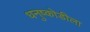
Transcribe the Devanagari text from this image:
धनुष्कोडीला